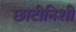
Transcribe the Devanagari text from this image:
छाटीनिशी